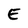
Character: E